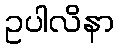
ဥပါလိနာ